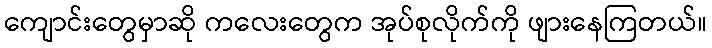
ကျောင်းတွေမှာဆို ကလေးတွေက အုပ်စုလိုက်ကို ဖျားနေကြတယ်။